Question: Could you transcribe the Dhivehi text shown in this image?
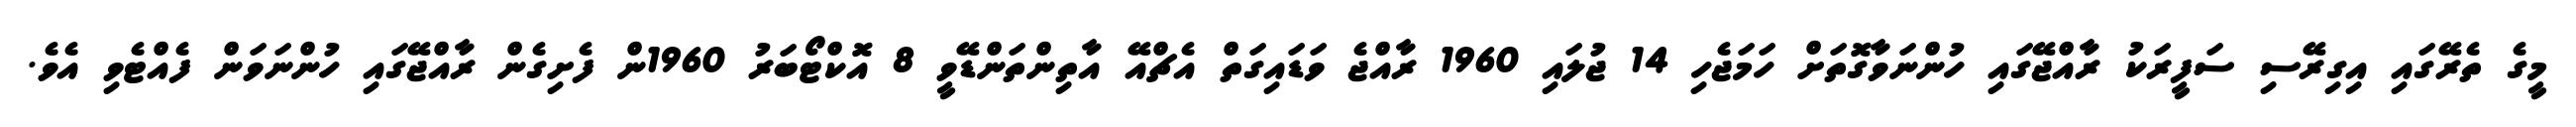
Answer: މީގެ ތެރޭގައި އިގިރޭސި ސަފީރަކު ރާއްޖޭގައި ހުންނަވާގޮތަށް ހަމަޖެހި 14 ޖުލައި 1960 ރާއްޖެ ވަޑައިގަތް އެޗްއޭ އާތިންތަންޑޭވީ 8 އޮކްޓޯބަރު 1960ން ފެށިގެން ރާއްޖޭގައި ހުންނަވަން ފެއްޓެވި އެވެ.